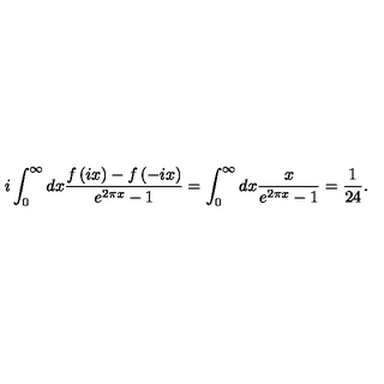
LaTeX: i \int _ { 0 } ^ { \infty } d x \frac { f \left( i x \right) - f \left( - i x \right) } { e ^ { 2 \pi x } - 1 } = \int _ { 0 } ^ { \infty } d x \frac { x } { e ^ { 2 \pi x } - 1 } = \frac { 1 } { 2 4 } .